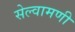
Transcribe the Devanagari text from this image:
सेल्वामणी